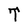
Character: T